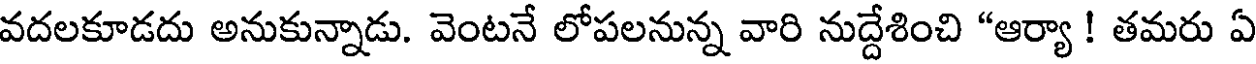
వదలకూడదు అనుకున్నాడు. వెంటనే లోపలనున్న వారి నుద్దేశించి "ఆర్యా ! తమరు ఏ